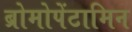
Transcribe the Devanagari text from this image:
ब्रोमोपेंटामिन